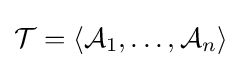
{\mathcal {T}}=\langle {\mathcal {A}}_{1},\ldots ,{\mathcal {A}}_{n}\rangle